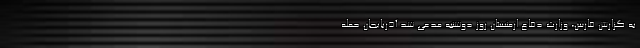
به گزارش فارس، وزارت دفاع ارمنستان روز دوشنبه مدعی شد آذربایجان حمله